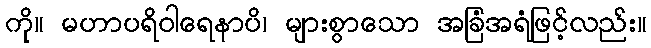
ကို။ မဟာပရိဝါရေနာပိ၊ များစွာသော အခြံအရံဖြင့်လည်း။